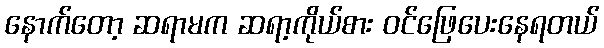
နောက်တော့ ဆရာမက ဆရာ့ကိုယ်စား ဝင်ဖြေပေးနေရတယ်